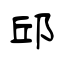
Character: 邱